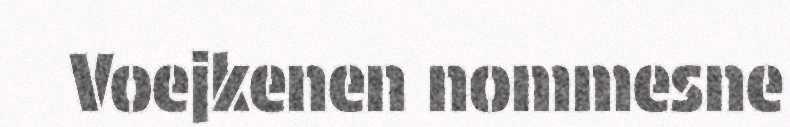
Voejkenen nommesne